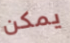
يمكن